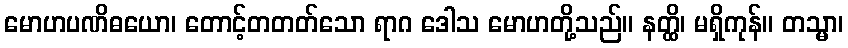
မောဟပဏိဓယော၊ တောင့်တတတ်သော ရာဂ ဒေါသ မောဟတို့သည်။ နတ္ထိ၊ မရှိကုန်။ တသ္မာ၊